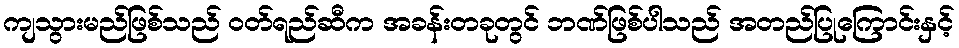
ကျသွားမည်ဖြစ်သည် ဝတ်ရည်ဆီက အခန်းတခုတွင် ဘဏ်ဖြစ်ပါသည် အတည်ပြုကြောင်းနှင့်